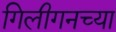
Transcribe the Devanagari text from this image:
गिलीगनच्या